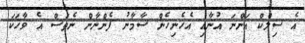
އެ ސިލްކް އަންނަ އުނާއި އެހެނިހެން ސާމާނު ފެންނާން ނެތަސް އެ ވާހަކަ